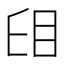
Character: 𥄤